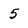
Character: 5